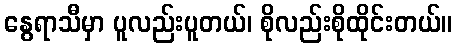
နွေရာသီမှာ ပူလည်းပူတယ်၊ စိုလည်းစိုထိုင်းတယ်။